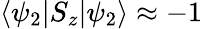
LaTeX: \langle\psi_{2}\vert S_{z}\vert\psi_{2}\rangle\approx-1